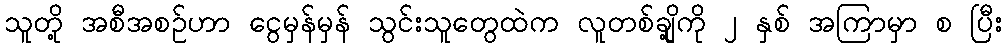
သူတို့ အစီအစဉ်ဟာ ငွေမှန်မှန် သွင်းသူတွေထဲက လူတစ်ချို့ကို ၂ နှစ် အကြာမှာ စ ပြီး